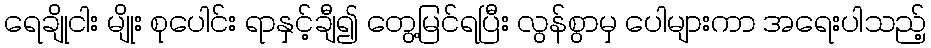
ရေချိုငါး မျိုး စုပေါင်း ရာနှင့်ချီ၍ တွေ့မြင်ရပြီး လွန်စွာမှ ပေါများကာ အရေးပါသည့်